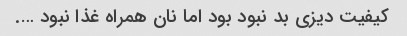
کیفیت دیزی بد نبود بود اما نان همراه غذا نبود ….